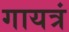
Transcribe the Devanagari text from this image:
गायत्रं